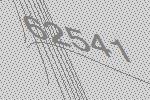
62541